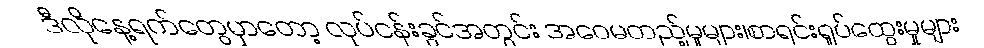
ဒီလိုနေ့ရက်တွေမှာတော့ လုပ်ငန်းခွင်အတွင်း အဝေမတည့်မှုများ၊စာရင်းရှုပ်ထွေးမှုများ